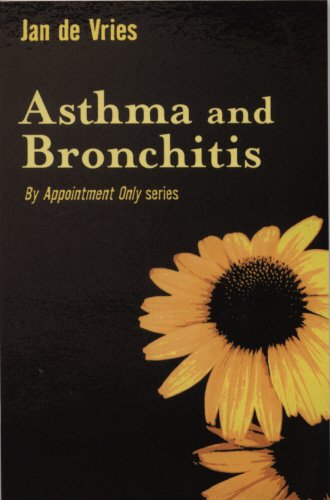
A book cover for Asthma and Bronchitis (By Appointment Only); Jan de Vries; Health, Fitness & Dieting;